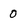
Character: 0